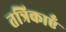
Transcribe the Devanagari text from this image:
तत्रिकाएँ